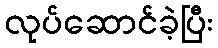
လုပ်ဆောင်ခဲ့ပြီး